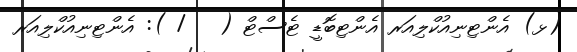
(ޅ) އެންޓިނިއުކްލިއަރ އެންޓިބޮޑީ ޓެސްޓް (   / ): އެންޓިނިއުކްލިއަރ